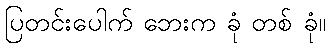
ပြတင်းပေါက် ဘေးက ခုံ တစ် ခုံ။